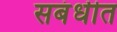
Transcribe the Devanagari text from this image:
सबंधीत